Annual report on the working of the mental hospitals in the Madras Presidency - 1912-1932
Year: 1912
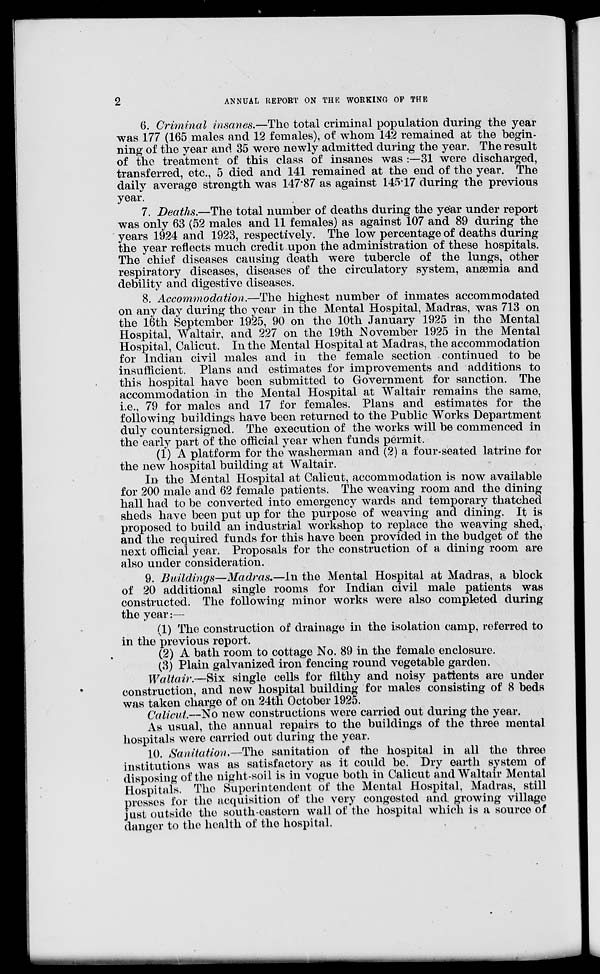
2
ANNUAL REPORT ON THE WORKING OF THE
6. Criminal insanes.—The total criminal population during the year
was 177 (165 males and 12 females), of whom 142 remained at the begin-
ning of the year and 35 were newly admitted during the year. The result
of the treatment of this class of insanes was :—31 were discharged,
transferred, etc., 5 died and 141 remained at the end of the year. The
daily average strength was 147.87 as against 145.17 during the previous
year.
7. Deaths.—The total number of deaths during the year under report
was only 63 (52 males and 11 females) as against 107 and 89 during the
years 1924 and 1923, respectively. The low percentage of deaths during
the year reflects much credit upon the administration of these hospitals.
The chief diseases causing death were tubercle of the lungs, other
respiratory diseases, diseases of the circulatory system, anæmia and
debility and digestive diseases.
8. Accommodation.—The highest number of inmates accommodated
on any day during the year in the Mental Hospital, Madras, was 713 on
the 16th September 1925, 90 on the 10th January 1925 in the Mental
Hospital, Waltair, and 227 on the 19th November 1925 in the Mental
Hospital, Calicut. In the Mental Hospital at Madras, the accommodation
for Indian civil males and in the female section continued to be
insufficient. Plans and estimates for improvements and additions to
this hospital have been submitted to Government for sanction. The
accommodation in the Mental Hospital at Waltair remains the same,
i.e., 79 for males and 17 for females. Plans and estimates for the
following buildings have been returned to the Public Works Department
duly countersigned. The execution of the works will be commenced in
the early part of the official year when funds permit.
(1) A platform for the washerman and (2) a four-seated latrine for
the new hospital building at Waltair.
In the Mental Hospital at Calicut, accommodation is now available
for 200 male and 62 female patients. The weaving room and the dining
hall had to be converted into emergency wards and temporary thatched
sheds have been put up for the purpose of weaving and dining. It is
proposed to build an industrial workshop to replace the weaving shed,
and the required funds for this have been provided in the budget of the
next official year. Proposals for the construction of a dining room are
also under consideration.
9. Buildings—Madras.—In the Mental Hospital at Madras, a block
of 20 additional single rooms for Indian civil male patients was
constructed. The following minor works were also completed during
the year:—
(1) The construction of drainage in the isolation camp, referred to
in the previous report.
(2) A bath room to cottage No. 89 in the female enclosure.
(3) Plain galvanized iron fencing round vegetable garden.
Waltair.—Six single cells for filthy and noisy patients are under
construction, and new hospital building for males consisting of 8 beds
was taken charge of on 24th October 1925.
Calicut.—No new constructions were carried out during the year.
As usual, the annual repairs to the buildings of the three mental
hospitals were carried out during the year.
10. Sanitation.—The sanitation of the hospital in all the three
institutions was as satisfactory as it could be. Dry earth system of
disposing of the night-soil is in vogue both in Calicut and Waltair Mental
Hospitals. The Superintendent of the Mental Hospital, Madras, still
prosses for the acquisition of the very congested and. growing village
just outside the south-eastern wall of the hospital which is a source of
danger to the health of the hospital.